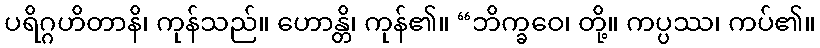
ပရိဂ္ဂဟိတာနိ၊ ကုန်သည်။ ဟောန္တိ၊ ကုန်၏။ “ဘိက္ခဝေ၊ တို့။ ကပ္ပဿ၊ ကပ်၏။